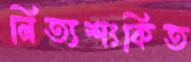
নিত্যশংকিত